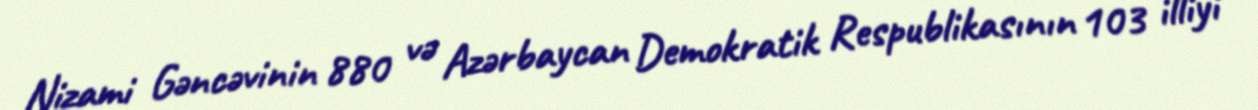
Nizami Gəncəvinin 880 və Azərbaycan Demokratik Respublikasının 103 illiyi